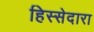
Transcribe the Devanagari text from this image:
हिस्सेदारा